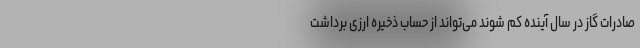
صادرات گاز در سال آینده کم شوند می‌تواند از حساب ذخیره ارزی برداشت